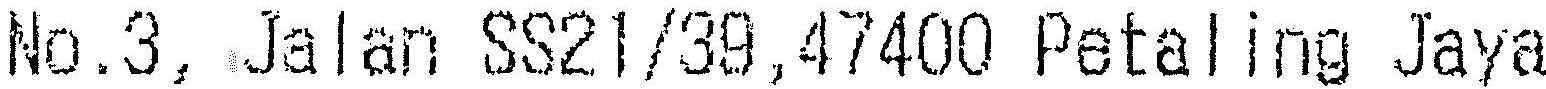
NO.3, JALAN SS21/39,47400 PETALING JAYA